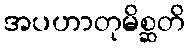
အပဟာတုမိစ္ဆတိ